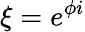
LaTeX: \xi=e^{\phi i}